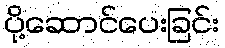
ပို့ဆောင်ပေးခြင်း